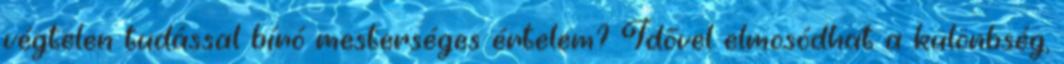
végtelen tudással bíró mesterséges értelem? Idővel elmosódhat a különbség,